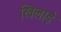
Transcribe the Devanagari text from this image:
खिलाड़े